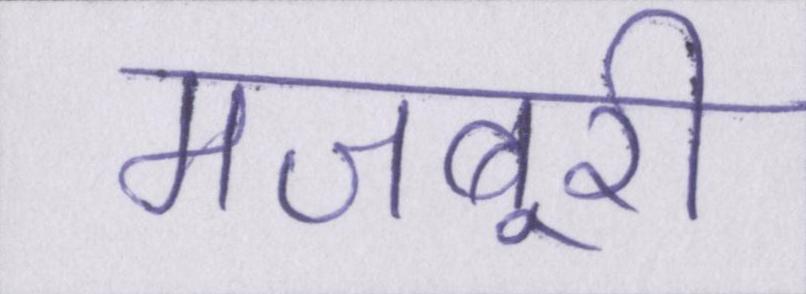
मजबूरी